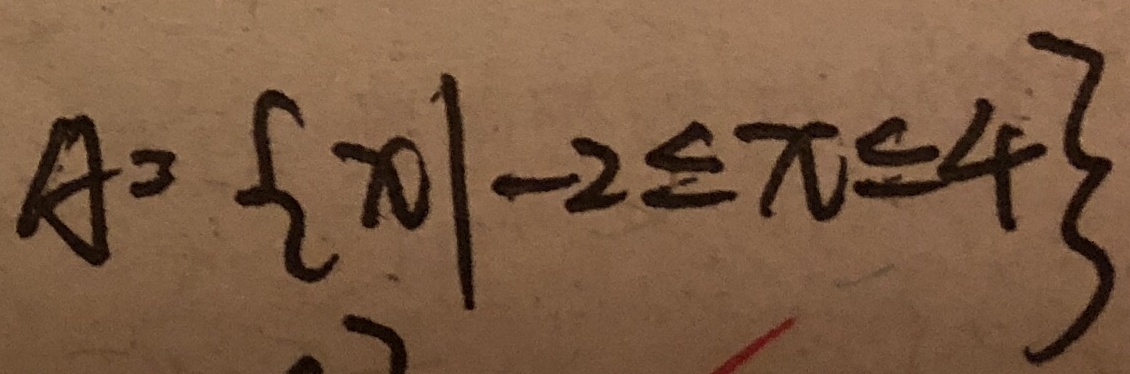
A = \{ x \vert - 2 \leq x \leq 4 \}